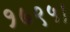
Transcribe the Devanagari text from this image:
१७९५।